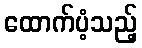
ထောက်ပံ့သည့်